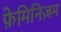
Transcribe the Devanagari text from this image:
फ़ेमिनिज़म